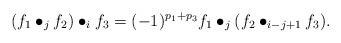
LaTeX: \begin{align*}(f_1\bullet_jf_2)\bullet_i f_3=(-1)^{p_1+p_3}f_1\bullet_j(f_2\bullet_{i-j+1}f_3).\end{align*}